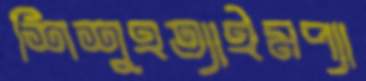
শিশুহত্যাইমপ্যা